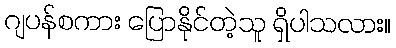
ဂျပန်စကား ပြောနိုင်တဲ့သူ ရှိပါသလား။